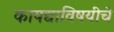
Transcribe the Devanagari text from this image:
कायद्याविषयीचे